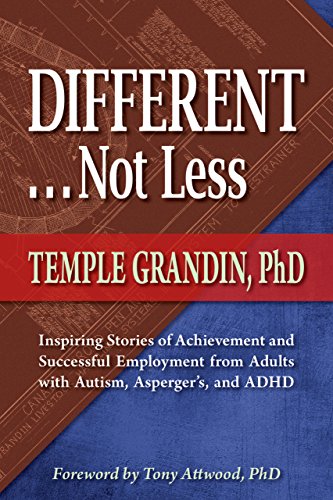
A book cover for Different . . . Not Less: Inspiring Stories of Achievement and Successful Employment from Adults with Autism, Asperger's, and ADHD; Temple Grandin; Parenting & Relationships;